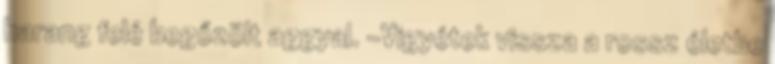
harang felé begőzölt aggyal. -Vigyétek vissza a rossz életbe